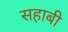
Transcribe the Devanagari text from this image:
सहाबी